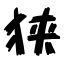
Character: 狭